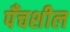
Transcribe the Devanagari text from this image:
पँचशील